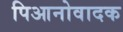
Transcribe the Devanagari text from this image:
पिआनोवादक